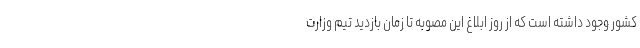
کشور وجود داشته است که از روز ابلاغ این مصوبه تا زمان بازدید تیم وزارت